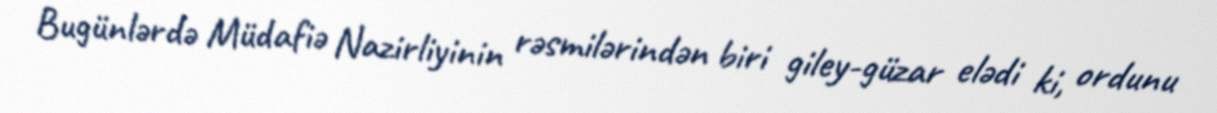
Bugünlərdə Müdafiə Nazirliyinin rəsmilərindən biri giley-güzar elədi ki, ordunu